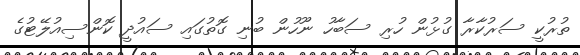
ތުރުކީ ސަރުކާރާ ގުޅުން ހުރި ސަބާހު ނޫހުން ބުނި ގޮތުގައި ސައުދީ ކޮންސިއުލޭޓުގެ